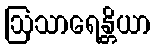
ဩသာရေန္တိယာ